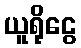
ယူရိုငွေ